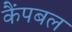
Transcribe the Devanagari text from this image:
कैंपबल